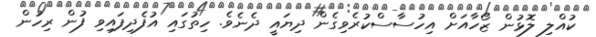
ކުއްލި ލޮޅުން ޒޯހާއަށް އިހުސާސްކުރެވިގެން ދިޔައީ ދެނެވެ. ހިތުގައި އުފެދިފައިވި ފުން ރިހުން